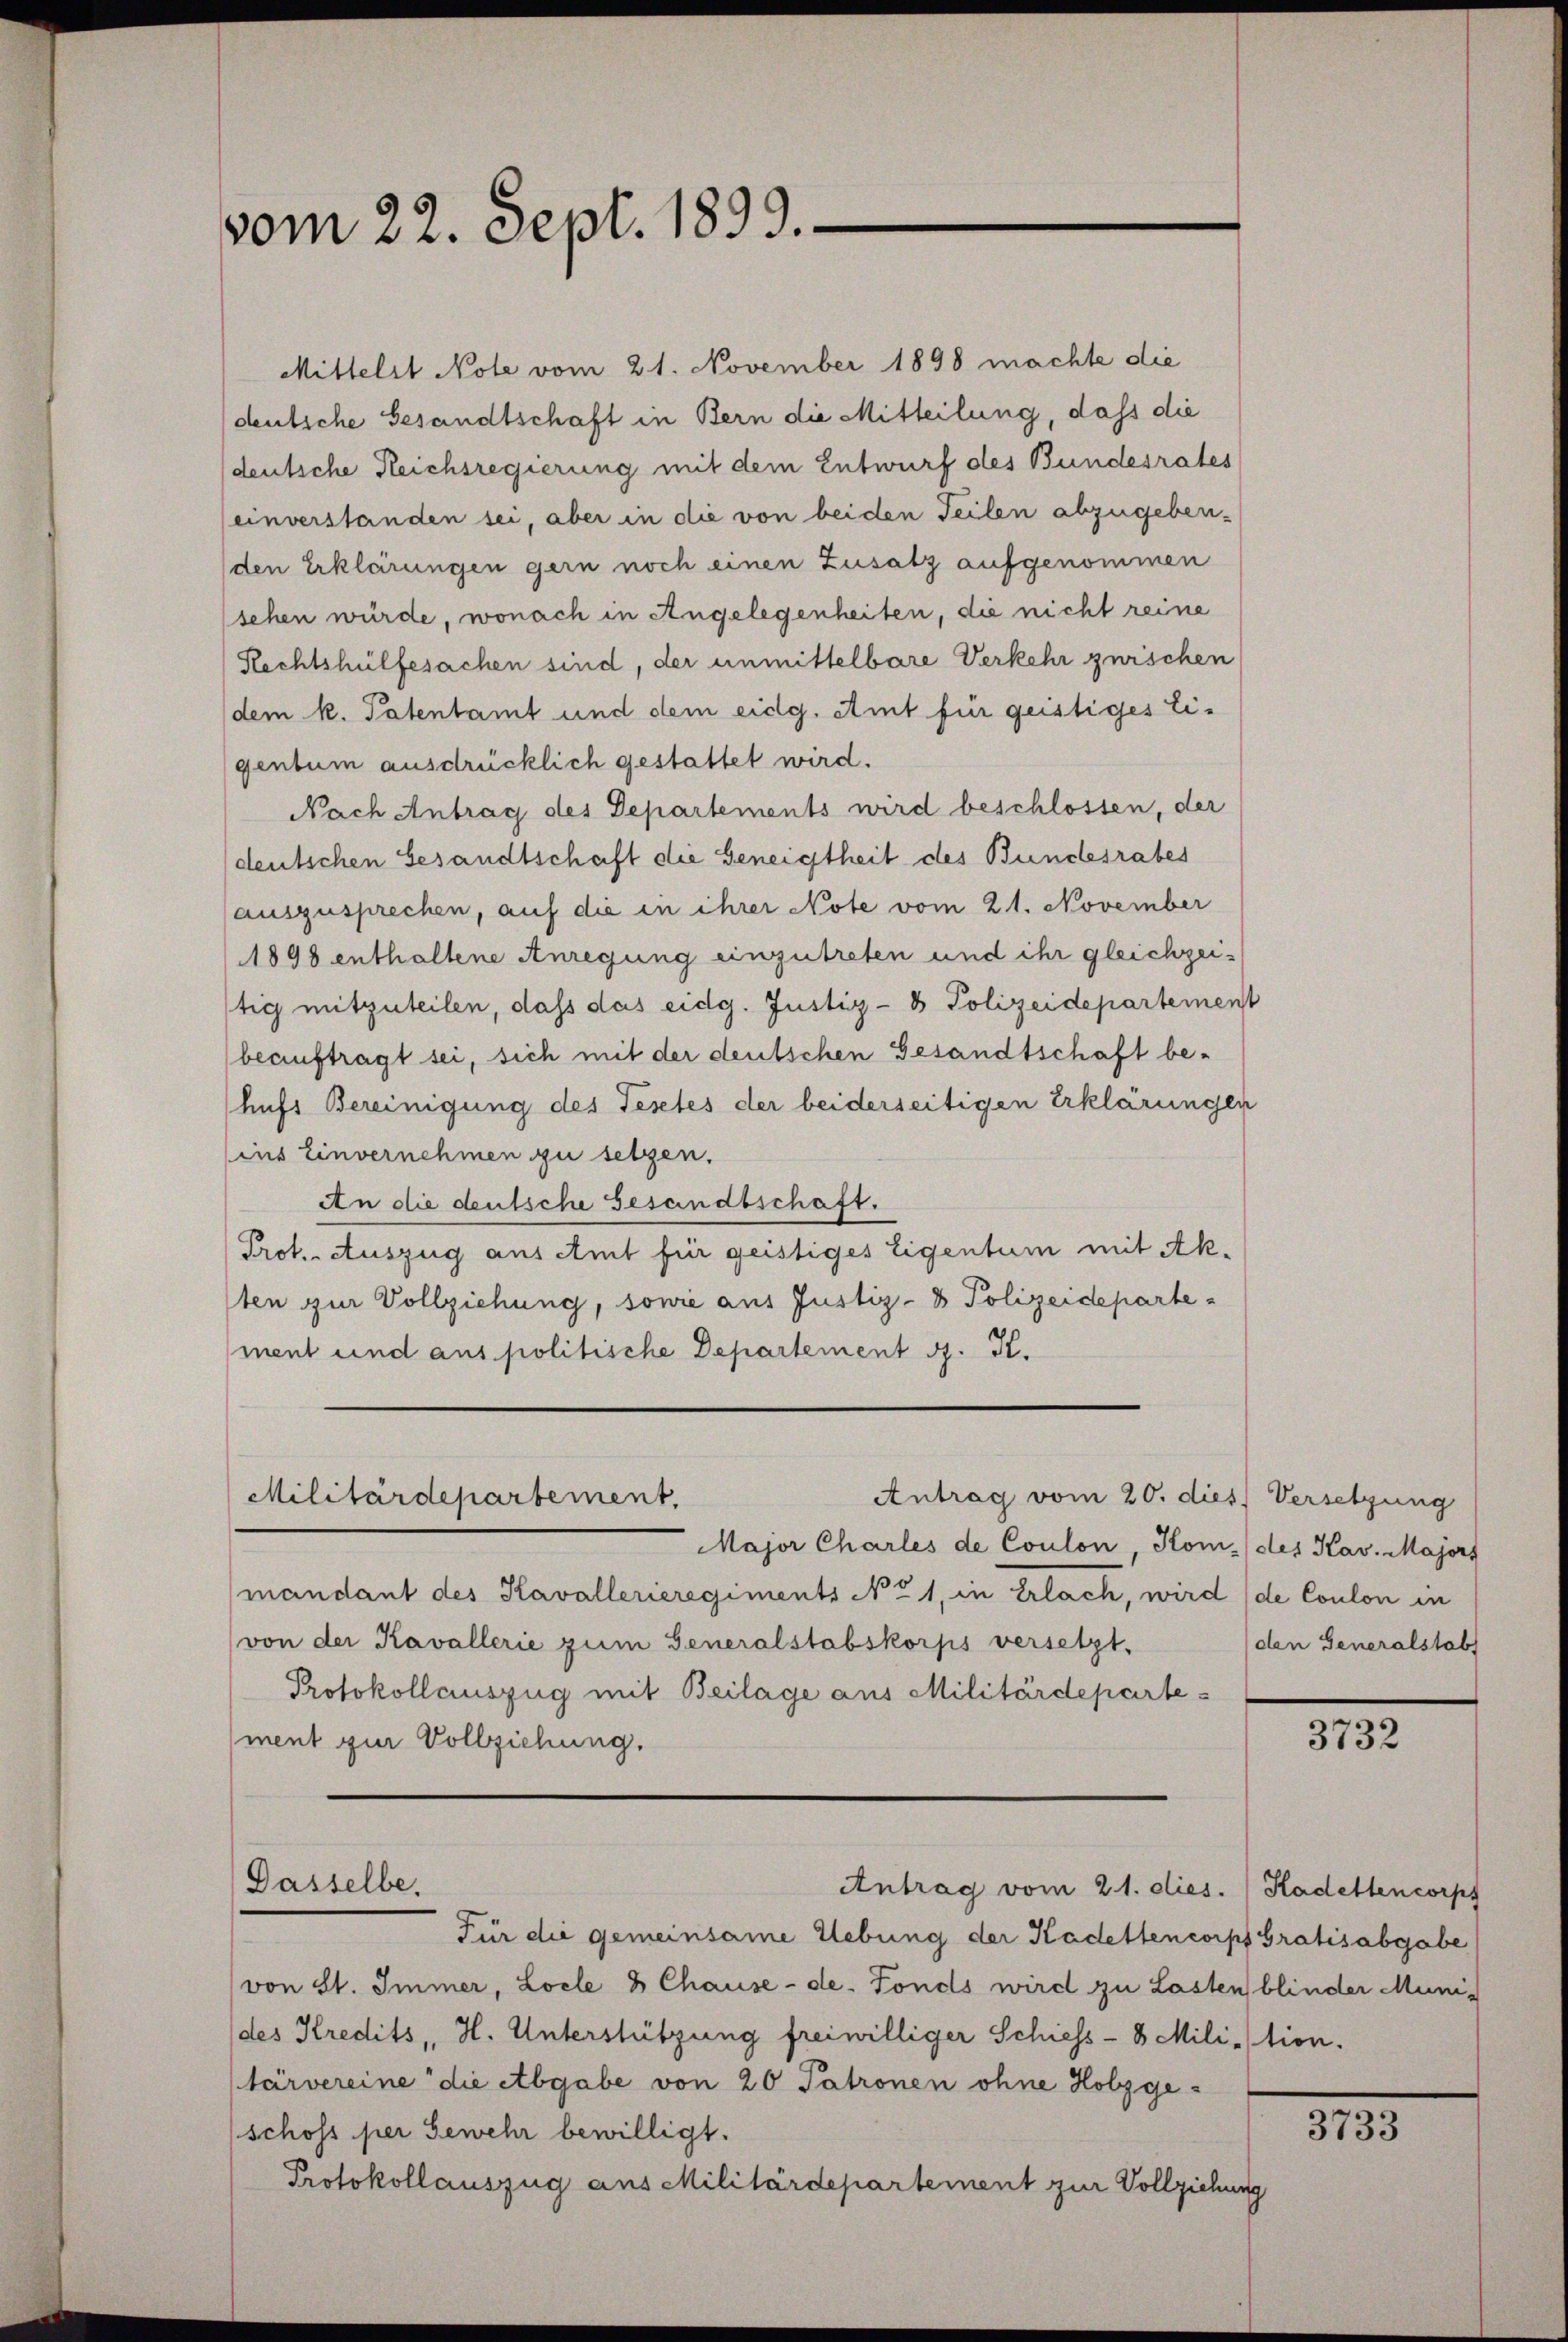
vom 22. Sept. 1893.

Mittelst Note vom 21. November 1898 machte die
deutsche Gesandtschaft in Bern die Mitteilung, dass die
deutsche Reichsregierung mit dem Entwurf des Bundesrates
(einverständen sei, aber in die von beiden Teilen abzugeben-
(den Erklärungen gern noch einen Zusatz aufgenommen
sehen würde, wonach in Angelegenheiten, die nicht reine
Rechtshülfesachen sind, der unmittelbare Verkehr zwischen
dem k. Patentamt und dem eidg. Amt für geistiges Eigentum ausdrücklich gestattet wird.
Nach Antrag des Departements wird beschlossen, der
(deutschen Gesandtschaft die Geneigtheit des Bundesrates
auszusprechen, auf die in ihrer Note vom 21. November
1898 enthaltene Anregung einzutreten und ihr gleichzeiftig mitzuteilen, dass das eidg. Justiz- & Polizeidepartement
beauftragt sei, sich mit der deutschen Gesandtschaft behufs Bereinigung des Testes der beiderseitigen Erklärungen
ins Einvernehmen zu setzen.
An die deutsche Gesandtschaft.
Prot. Auszug aus Amt für geistiges Eigentum mit Akten zur Vollziehung, sowie aus Justiz- & Polizeidepartement und aus politische Departement J. K.
Antrag vom 20. dies Versetzung
Militärdepartement.
Major Charles de Coulon, Hom. des Kav. Majors
mandant des Kavallerieregiments No 1, in Erlach, wird (de Coulon in
von der Kavallerie zŭm Generalstabskorps versetzt.
Protokollauszug mit Beilage aus Militärdepartement zur Vollziehung.

Dasselbe.
Antrag vom 21. dies. Kadettencorps

Für die gemeinsame Uebung der Kadettencorps Gratisabgabe
von St. Immer, Locle 8 Chause - de. Fonds wird zu Lasten blinder Muni
des Kredits, H. Unterstützung freiwilliger Schiess- 8 Milition.
tärvereine die Abgabe von 20 Patronen ohne Holzge-
schoss per Gewehr bewilligt.
Protokollauszug aus Militärdepartement zur Vollziehung

den Generalstab

3732

3733